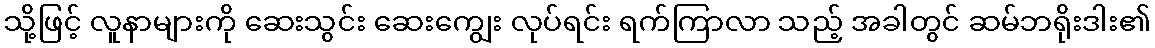
သို့ဖြင့် လူနာများကို ဆေးသွင်း ဆေးကျွေး လုပ်ရင်း ရက်ကြာလာ သည့် အခါတွင် ဆမ်ဘရိုးဒါး၏